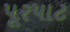
પૂરપાટ